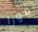
فورا